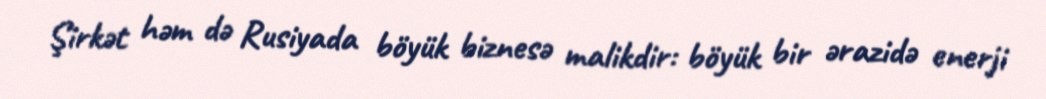
Şirkət həm də Rusiyada böyük biznesə malikdir: böyük bir ərazidə enerji